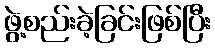
ဖွဲ့စည်းခဲ့ခြင်းဖြစ်ပြီး